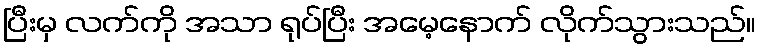
ပြီးမှ လက်ကို အသာ ရုပ်ပြီး အမေ့နောက် လိုက်သွားသည်။